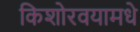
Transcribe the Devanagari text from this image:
किशोरवयामधे